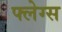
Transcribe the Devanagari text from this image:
फ्लेग्स